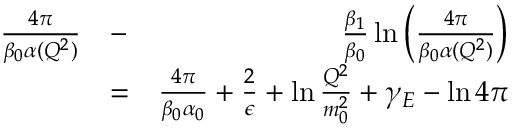
\begin{array} { r l r } { { \frac { 4 \pi } { \beta _ { 0 } \alpha ( Q ^ { 2 } ) } } } & { - } & { { \frac { \beta _ { 1 } } { \beta _ { 0 } } } \ln \left( { \frac { 4 \pi } { \beta _ { 0 } \alpha ( Q ^ { 2 } ) } } \right) } \\ & { = } & { { \frac { 4 \pi } { \beta _ { 0 } \alpha _ { 0 } } } + { \frac { 2 } { \epsilon } } + \ln { \frac { Q ^ { 2 } } { m _ { 0 } ^ { 2 } } } + \gamma _ { E } - \ln 4 \pi } \end{array}